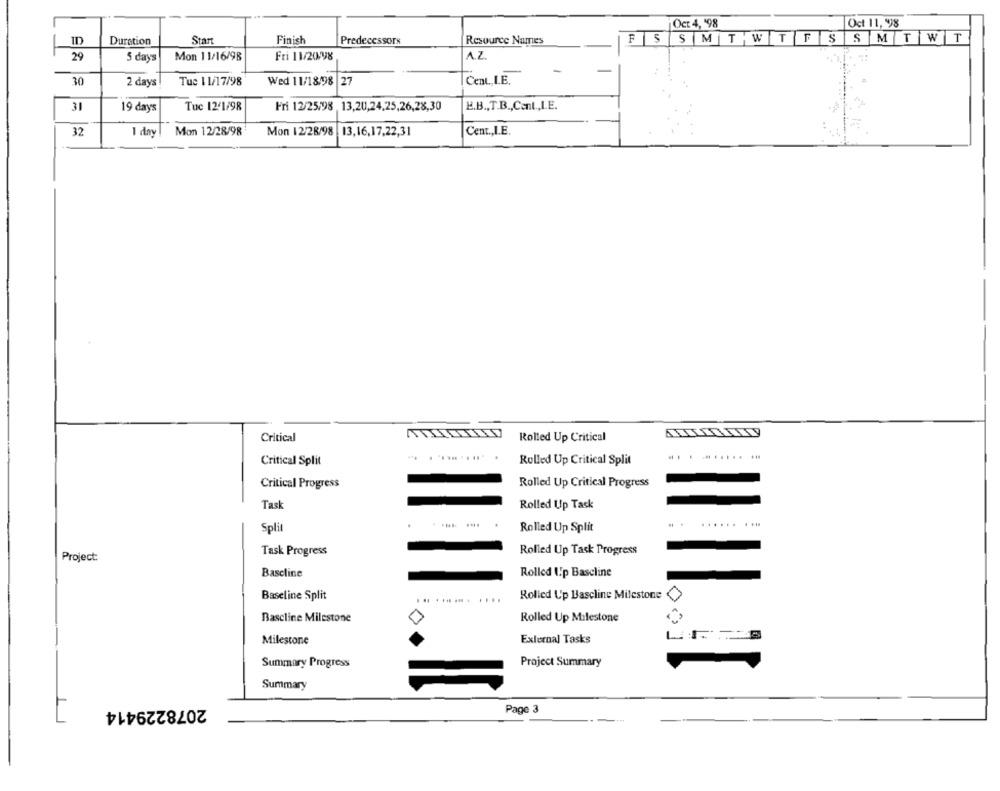
Oct 4, '98
Oct 11, 998
ID
Duration
Start
Finish
Predecessors
Resource Names
FS
SMTWTFSSMTWT
Fri 11/20/98
A.Z.
29
5 days
Mon 11/16/98
Cent ,I.E.
30
2 days
Tue 1 1/17/98
Wed 11/18/98 |27
31
19 days
Tuc 12'1/98
Fri 12/25/98 , 13,20,24,25,26,28,30
E.B ., T.B ., Cent,LE.
32
1 day
Mon 12/28/98
Mon 12/28/98 |13,16,17,22,31
Cent ., I.E.
Critical
Rolled Up Critical
... ........
Critical Split
Rolled Up Critical Split
Rolled Up Critical Progress
Critical Progress
Task
Rolled Up Task
.........
Split
Rolled Up Split
Task Progress
Rolled Up Task Progress
Project:
Baseline
Rolled I.p Bascline
Baseline Split
Rolled Up Bascline Milestone
Bascline Milestone
Rolled Up Milestone
Milestone
External Tasks
Summary Progress
Project Summary
Summary
2078229414
Page 3